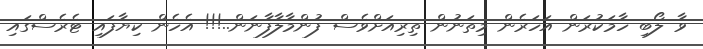
ވާ ލޯބި ހާމަކުރަން އަހަރެން މިތަނުން ތިރިއަށްވެސް ފުންމާލާފާނަން..!!! އެހެން ކިޔާފައި ޓެރެސްގައި